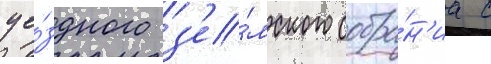
уе́здного з'е́мского собра́н'иа с